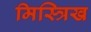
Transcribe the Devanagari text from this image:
मिस्त्रिख